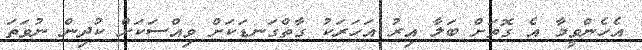
އެހެންވީމާ އެ ގޮތަށް ބަލާ އިރު އަހަރަކު ގާތްގަނޑަކަށް ވިއްސަކަށް ކުދިން ނުވަތަ